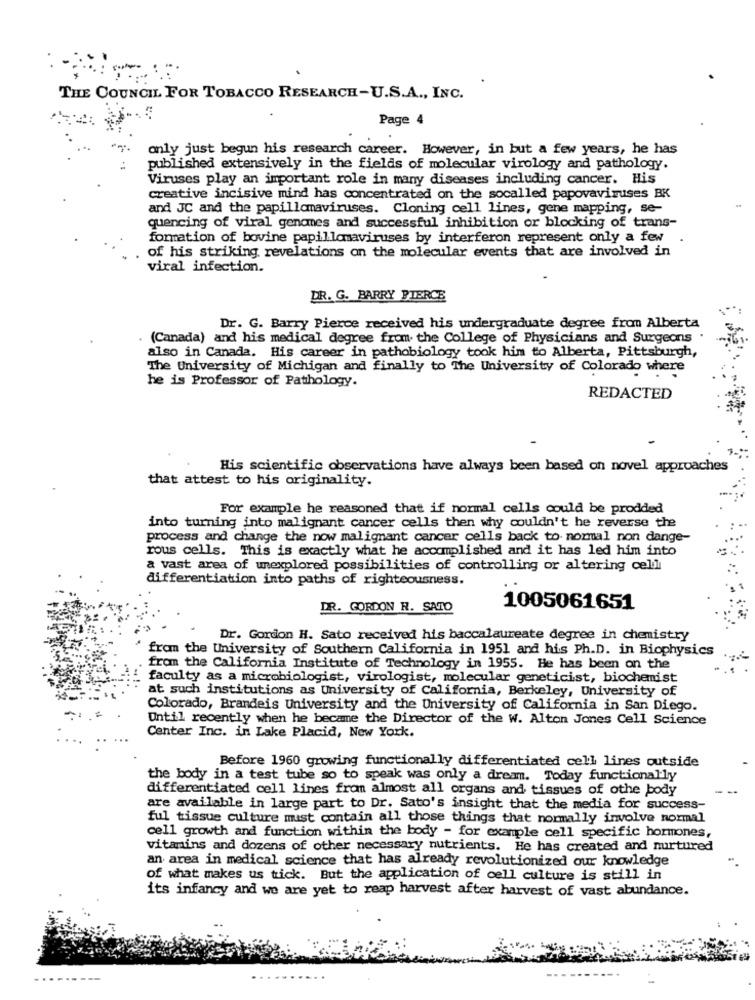
THE COUNCIL FOR TOBACCO RESEARCH-U.S.A ., INC.
Page 4
only just begun his research career. However, in but a few years, he has
published extensively in the fields of molecular virology and pathology.
Viruses play an important role in many diseases including cancer. His
creative incisive mind has concentrated on the socalled papovaviruses BK
and JC and the papillomaviruses. Cloning cell lines, gene mapping, se-
quencing of viral genomes and successful inhibition or blocking of trans-
formation of bovine papillomaviruses by interferon represent only a few
of his striking revelations on the molecular events that are involved in
viral infection.
DR. G. BARRY PIERCE
Dr. G. Barry Pierce received his undergraduate degree from Alberta
. (Canada) and his medical degree from the College of Physicians and Surgeons
also in Canada. His career in pathobiology took him to Alberta, Pittsburgh,
The University of Michigan and finally to The University of Colorado where
he is Professor of Pathology.
REDACTED
His scientific observations have always been based on novel approaches
that attest to his originality.
For example he reasoned that if normal cells could be prodded
into turning into malignant cancer cells then why couldn't he reverse the
process and change the now malignant cancer cells back to normal non dange-
rous cells. This is exactly what he accomplished and it has led him into
a vast area of unexplored possibilities of controlling or altering celli
differentiation into paths of righteousness.
DR. GORDON R. SATO
1005061651
Dr. Gordon H. Sato received his baccalaureate degree in chemistry
from the University of Southern California in 1951 and his Ph.D. in Biophysics
from the California Institute of Technology in 1955. He has been on the
faculty as a microbiologist, virologist, molecular geneticist, biochemist
at such institutions as University of California, Berkeley, University of
Colorado, Brandeis University and the University of California in San Diego.
Until recently when he became the Director of the W. Alton Jones Cell Science
Center Inc. in Lake Placid, New York.
Before 1960 growing functionally differentiated cell lines outside
the body in a test tube so to speak was only a dream. Today functionally
differentiated cell lines from almost all organs and tissues of othe body
are available in large part to Dr. Sato's insight that the media for success-
ful tissue culture must contain all those things that normally involve normal
cell growth and function within the body - for example cell specific hormones,
vitamins and dozens of other necessary nutrients. He has created and nurtured
an area in medical science that has already revolutionized our knowledge
of what makes us tick. But the application of cell culture is still in
its infancy and we are yet to reap harvest after harvest of vast abundance.